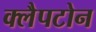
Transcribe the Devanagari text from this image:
क्लैपटोन